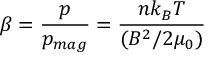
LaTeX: \beta = { \frac { p } { p _ { m a g } } } = { \frac { n k _ { B } T } { ( B ^ { 2 } / 2 \mu _ { 0 } ) } }